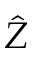
\hat { Z }